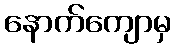
နောက်ကျောမှ